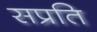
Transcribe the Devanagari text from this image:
सप्रति